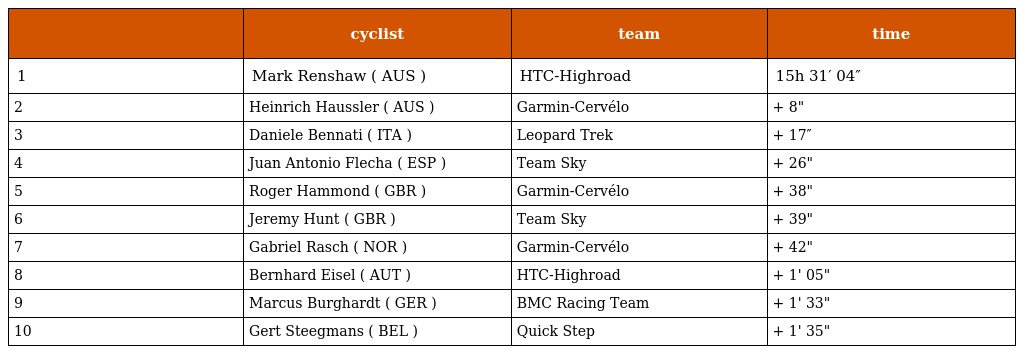
|  | cyclist | team | time |
 | --- | --- | --- | --- |
 | 1 | Mark Renshaw ( AUS ) | HTC-Highroad | 15h 31′ 04″ |
 | 2 | Heinrich Haussler ( AUS ) | Garmin-Cervélo | + 8" |
 | 3 | Daniele Bennati ( ITA ) | Leopard Trek | + 17″ |
 | 4 | Juan Antonio Flecha ( ESP ) | Team Sky | + 26" |
 | 5 | Roger Hammond ( GBR ) | Garmin-Cervélo | + 38" |
 | 6 | Jeremy Hunt ( GBR ) | Team Sky | + 39" |
 | 7 | Gabriel Rasch ( NOR ) | Garmin-Cervélo | + 42" |
 | 8 | Bernhard Eisel ( AUT ) | HTC-Highroad | + 1' 05" |
 | 9 | Marcus Burghardt ( GER ) | BMC Racing Team | + 1' 33" |
 | 10 | Gert Steegmans ( BEL ) | Quick Step | + 1' 35" |